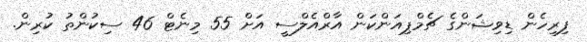
ފިރިހެން ޑިވިޝަންގެ ޗެމްޕިއަންކަން އާރްއެލްސީ އަށް 55 މިނެޓް 46 ސިކުންތު ކުރިން.